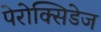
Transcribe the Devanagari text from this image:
पेरोक्सिडेज